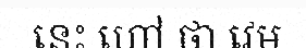
នេះ ហៅ ថា វេម